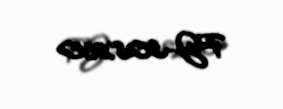
PJ-308260